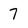
Character: 7